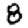
Digit: 8